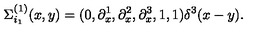
\Sigma _ { i _ { 1 } } ^ { ( 1 ) } ( x , y ) = ( 0 , \partial _ { x } ^ { 1 } , \partial _ { x } ^ { 2 } , \partial _ { x } ^ { 3 } , 1 , 1 ) \delta ^ { 3 } ( x - y ) .